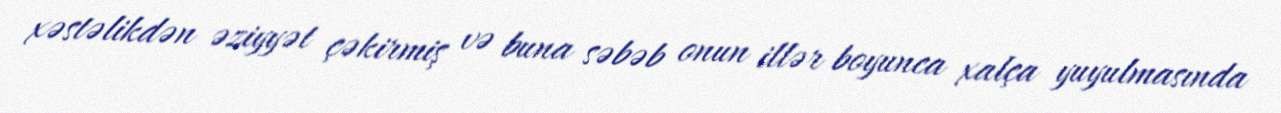
xəstəlikdən əziyyət çəkirmiş və buna səbəb onun illər boyunca xalça yuyulmasında